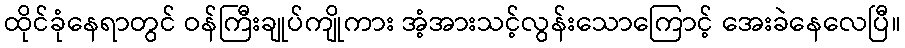
ထိုင်ခုံနေရာတွင် ဝန်ကြီးချုပ်ကျိုကား အံ့အားသင့်လွန်းသောကြောင့် အေးခဲနေလေပြီ။